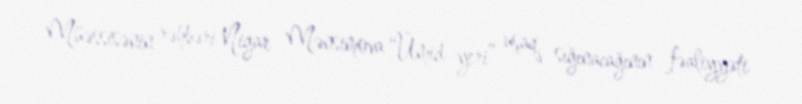
Müəssisənin rəhbəri Nigar Mənsimova “Ümid yeri” uşaq sığınacağının fəaliyyəti